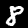
Label: 8